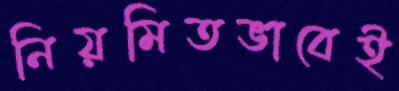
নিয়মিতভাবেই